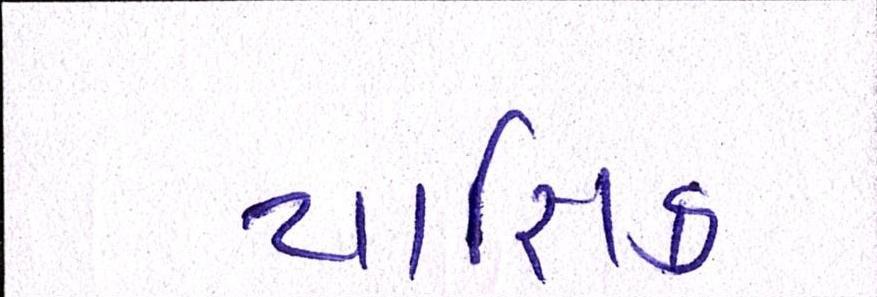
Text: યાજ્ઞિક